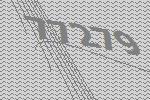
77279